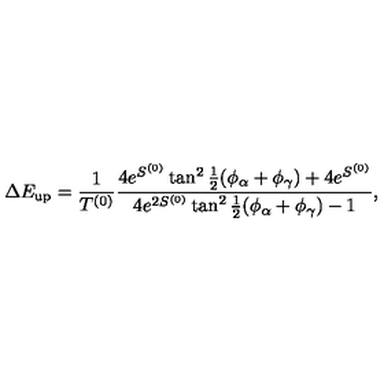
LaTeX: \Delta E _ { \mathrm { u p } } = \frac { 1 } { T ^ { ( 0 ) } } \frac { 4 e ^ { S ^ { ( 0 ) } } \tan ^ { 2 } \frac { 1 } { 2 } ( \phi _ { \alpha } + \phi _ { \gamma } ) + 4 e ^ { S ^ { ( 0 ) } } } { 4 e ^ { 2 S ^ { ( 0 ) } } \tan ^ { 2 } \frac { 1 } { 2 } ( \phi _ { \alpha } + \phi _ { \gamma } ) - 1 } ,